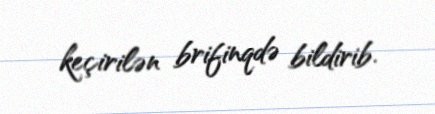
keçirilən brifinqdə bildirib.